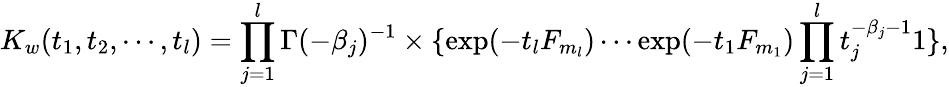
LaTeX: K_{w}(t_{1},t_{2},\cdots,t_{l})=\prod_{j=1}^{l}\Gamma(-\beta_{j})^{-1}\times\{ \exp(-t_{l}F_{m_{l}})\cdots\exp(-t_{1}F_{m_{1}})\prod_{j=1}^{l}t_{j}^{-\beta_{j}-1}1\} ,